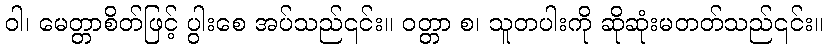
ဝါ၊ မေတ္တာစိတ်ဖြင့် ပွါးစေ အပ်သည်၎င်း။ ဝတ္တာ စ၊ သူတပါးကို ဆိုဆုံးမတတ်သည်၎င်း။